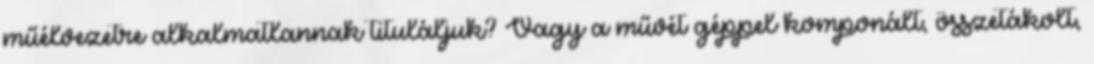
műélvezetre alkalmatlannak tituláljuk? Vagy a művét géppel komponált, összetákolt,